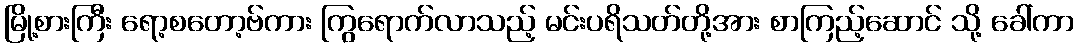
မြို့စားကြီး ရော့စတော့ဗ်ကား ကြွရောက်လာသည့် မင်းပရိသတ်တို့အား စာကြည့်ဆောင် သို့ ခေါ်ကာ